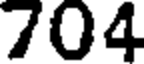
704